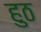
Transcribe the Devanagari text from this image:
हुठ